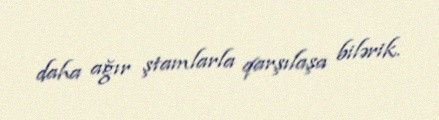
daha ağır ştamlarla qarşılaşa bilərik.